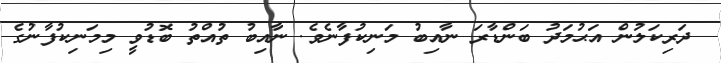
ދަރިކަލުން އަޙުމަދު ބަންޑާރަ ނާއިބު މަނިކުފާނެވެ. ނާއިބު ތުއްތު ބޮޑުވީ މިމަނިކުފާނުގެ